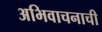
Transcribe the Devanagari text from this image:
अभिवाचनाची